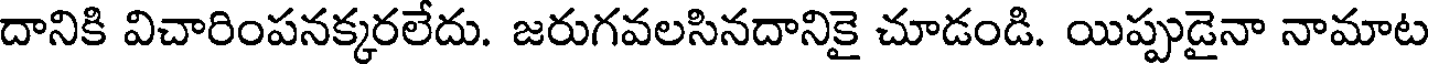
దానికి విచారింపనక్కరలేదు. జరుగవలసినదానికై చూడండి. యిప్పుడైనా నామాట